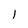
Character: l